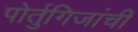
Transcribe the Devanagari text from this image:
पोर्तुगिजांची